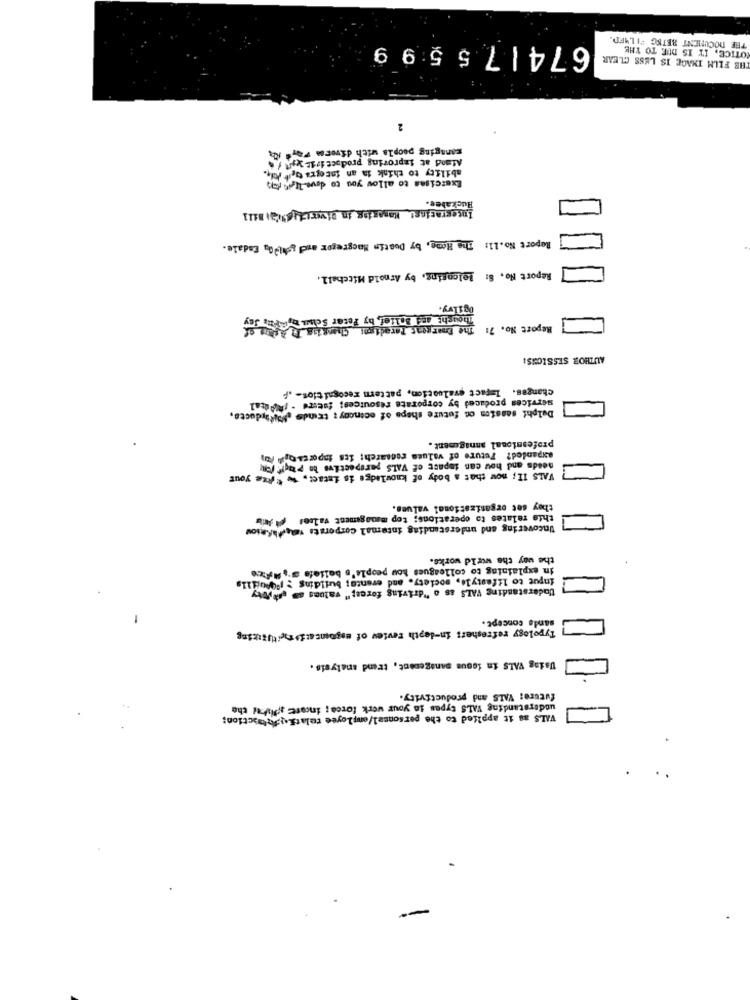
THE DOCUMENT BETEG FILMED.
674| 75599
NOTICE, IT IS DUE TO THE
HB FILM IMAGE IS LESS CLEAR
2
managing people with divers Fayd it
Atand at improving productivityes /
Exercises to allow you to deve Ien dans
ability to think da an facegra tell Ani ..
Huckabee.
Integracinst Magasins in Divecchiaia, Bill
Report No. 1]: The Home, by Dostim Macgregor and gobi20 Endale.
Report No. S: lolcasing, by Arnold Mitchell,
ogilvy.
Thought and Bolief, by Peter Scim year of
The Enargent Paradigmi Changing T
Report No. 7:
AUTHOR SESSIONS:
Changes. Impact evaluation, pattern recognition- . P
services produced by corporate resources; future . (modal
Delphi session of future shops of ocencoy: trinde Mifaiducts,
professional annagement .
expanded? Future of values rocsarch: its inportatjih for
needs and how can impact of VALS perspective be plagi rem
VALS 11; now that a body of knowledge is intact, w "Ate your
they set organizational values.
this relates to operations; top management valees ( As
Uncovering and understanding intemal Corporate gafRiou
the way the wild works.
in explaining to colleagues hou people's beliefe ="Axe
input to lifestyle, society. and evence; building : 00tills
Understanding VALS as o "driving force;" valuns am very
sande concept.
Typology refresher: in-depth review of argomenti tituluring
Using VALS in ioque management, trend analysis.
future: VALS and productivity.
understanding VALS types to your work force; incore spikes the
VALS as it applied to the personsal/employee relati.sowasction;